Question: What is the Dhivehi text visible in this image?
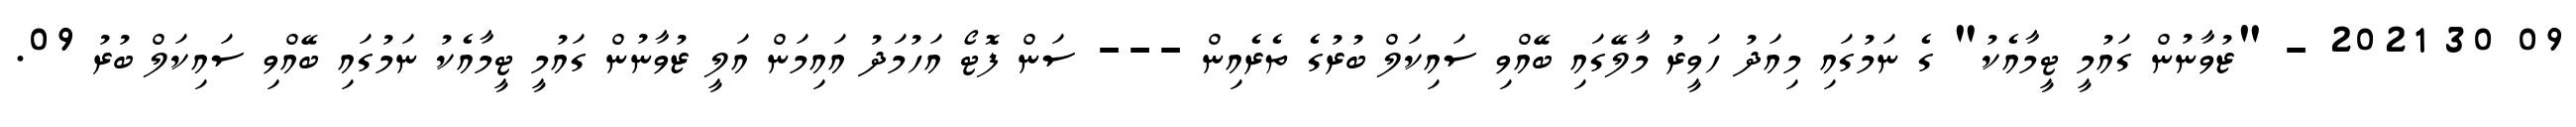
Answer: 09 30 2021 - "ޒުވާނުން ގައުމީ ޓީމާއެކު" ގެ ނަމުގައި މިއަދު ހަވީރު މާލޭގައި ބޭއްވި ސައިކަލް ބުރުގެ ތެރެއިން --- ސަން ފޮޓޯ އަހުމަދު އައިމަން އަލީ ޒުވާނުން ގައުމީ ޓީމާއެކު ނަމުގައި ބޭއްވި ސައިކަލް ބުރު 09.